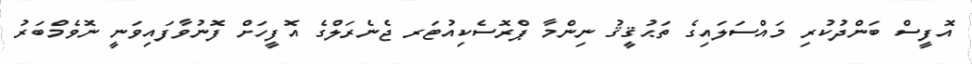
އޮފީސް ބަންދުކުރި މައްސަލައިގެ ތަޙުޤީޤު ނިންމާ ޕްރޮސެކިއުޓަރ ޖެނެރަލްގެ އޮފީހަށް ފޮނުވާފައިވަނީ ނޮވެމްބަރު